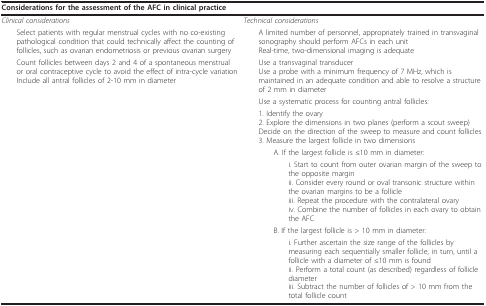
| <COLSPAN=2> Considerations for the assessment of the AFC in clinical practice |
 | --- | --- |
 | Clinical considerations | Technical considerations |
 | Select patients with regular menstrual cycles with no co-existing pathological condition that could technically affect the counting of follicles, such as ovarian endometriosis or previous ovarian surgery | A limited number of personnel, appropriately trained in transvaginal sonography should perform AFCs in each unitReal-time, two-dimensional imaging is adequate |
 | Count follicles between days 2 and 4 of a spontaneous menstrual or oral contraceptive cycle to avoid the effect of intra-cycle variationInclude all antral follicles of 2-10 mm in diameter | Use a transvaginal transducerUse a probe with a minimum frequency of 7 MHz, which is maintained in an adequate condition and able to resolve a structure of 2 mm in diameter |
 |  | Use a systematic process for counting antral follicles: |
 |  | 1. Identify the ovary2. Explore the dimensions in two planes (perform a scout sweep)Decide on the direction of the sweep to measure and count follicles3. Measure the largest follicle in two dimensions |
 |  | A. If the largest follicle is ≤10 mm in diameter: |
 |  | i. Start to count from outer ovarian margin of the sweep to the opposite marginii. Consider every round or oval transonic structure within the ovarian margins to be a follicleiii. Repeat the procedure with the contralateral ovaryiv. Combine the number of follicles in each ovary to obtain the AFC |
 |  | B. If the largest follicle is > 10 mm in diameter: |
 |  | i. Further ascertain the size range of the follicles by measuring each sequentially smaller follicle, in turn, until a follicle with a diameter of ≤10 mm is foundii. Perform a total count (as described) regardless of follicle diameteriii. Subtract the number of follicles of > 10 mm from the total follicle count |